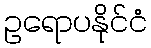
ဥရောပနိုင်ငံ